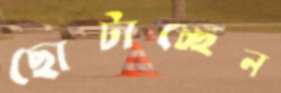
ছোটাচ্ছেন